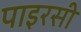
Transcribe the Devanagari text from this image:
पाइरसी